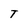
Character: T